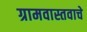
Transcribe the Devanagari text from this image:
ग्रामवास्तवाचे